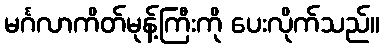
မင်္ဂလာကိတ်မုန့်ကြီးကို ပေးလိုက်သည်။